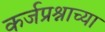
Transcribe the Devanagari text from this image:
कर्जप्रश्नाच्या